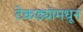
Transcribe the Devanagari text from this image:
टेकड्यांमधून